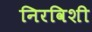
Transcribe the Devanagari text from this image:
निरविशी